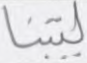
ليتنا